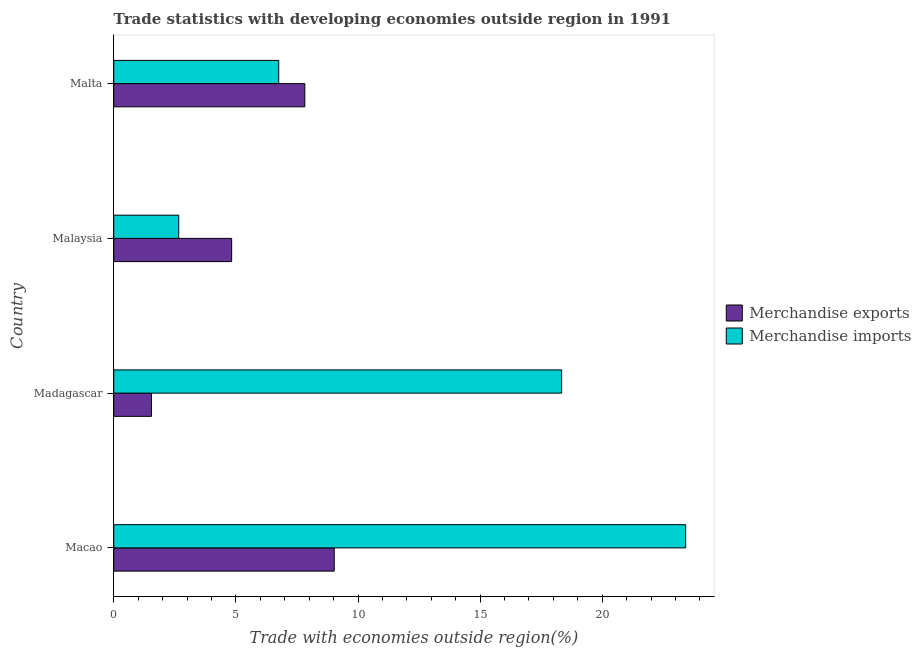
| Country | Merchandise exports | Merchandise imports |
 | --- | --- | --- |
 | Macao | 9.03 | 23.4 |
 | Madagascar | 1.55 | 18.3 |
 | Malaysia | 4.83 | 2.66 |
 | Malta | 7.82 | 6.76 |